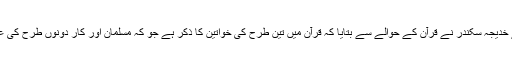
تقریب میں سب سے پہلے خدیجہ سکندر نے قرآن کے حوالے سے بتایا کہ قرآن میں تین طرح کی خواتین کا ذکر ہے جو کہ مسلمان اور کار دونوں طرح کی عورتوں کے لیے مثال ہیں۔